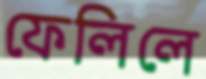
ফেলিলে